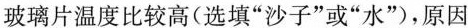
玻璃片温度比较高（选填“沙子”或“水”），原因